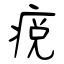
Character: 痥